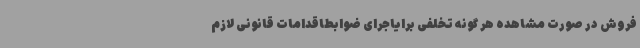
فروش در صورت مشاهده هر گونه تخلفی برایاجرای ضوابطاقدامات قانونی لازم